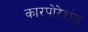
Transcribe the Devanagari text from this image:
कारपोरेशंस